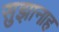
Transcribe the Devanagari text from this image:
सुझानाह